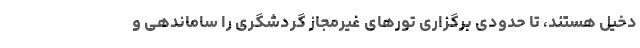
دخیل هستند، تا حدودی برگزاری تورهای غیرمجاز گردشگری را ساماندهی و